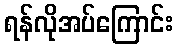
ရန်လိုအပ်ကြောင်း